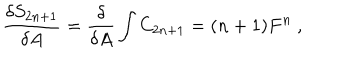
LaTeX: \frac { \delta S _ { 2 n + 1 } } { \delta A } = \frac { \delta } { \delta A } \int C _ { 2 n + 1 } = ( n + 1 ) F ^ { n } \ ,